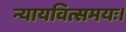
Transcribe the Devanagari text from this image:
न्यायवित्समयः।